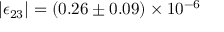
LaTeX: | \epsilon _ { 2 3 } | = ( 0 . 2 6 \pm 0 . 0 9 ) \times 1 0 ^ { - 6 }